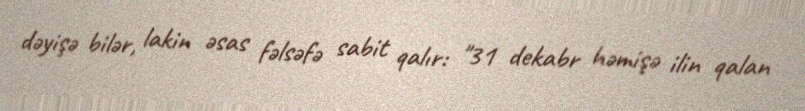
dəyişə bilər, lakin əsas fəlsəfə sabit qalır: "31 dekabr həmişə ilin qalan